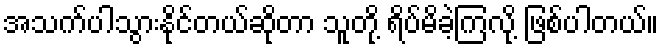
အသက်ပါသွားနိုင်တယ်ဆိုတာ သူတို့ ရိပ်မိခဲ့ကြလို့ ဖြစ်ပါတယ်။